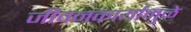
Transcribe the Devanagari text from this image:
जीवनकार्यांमुळे